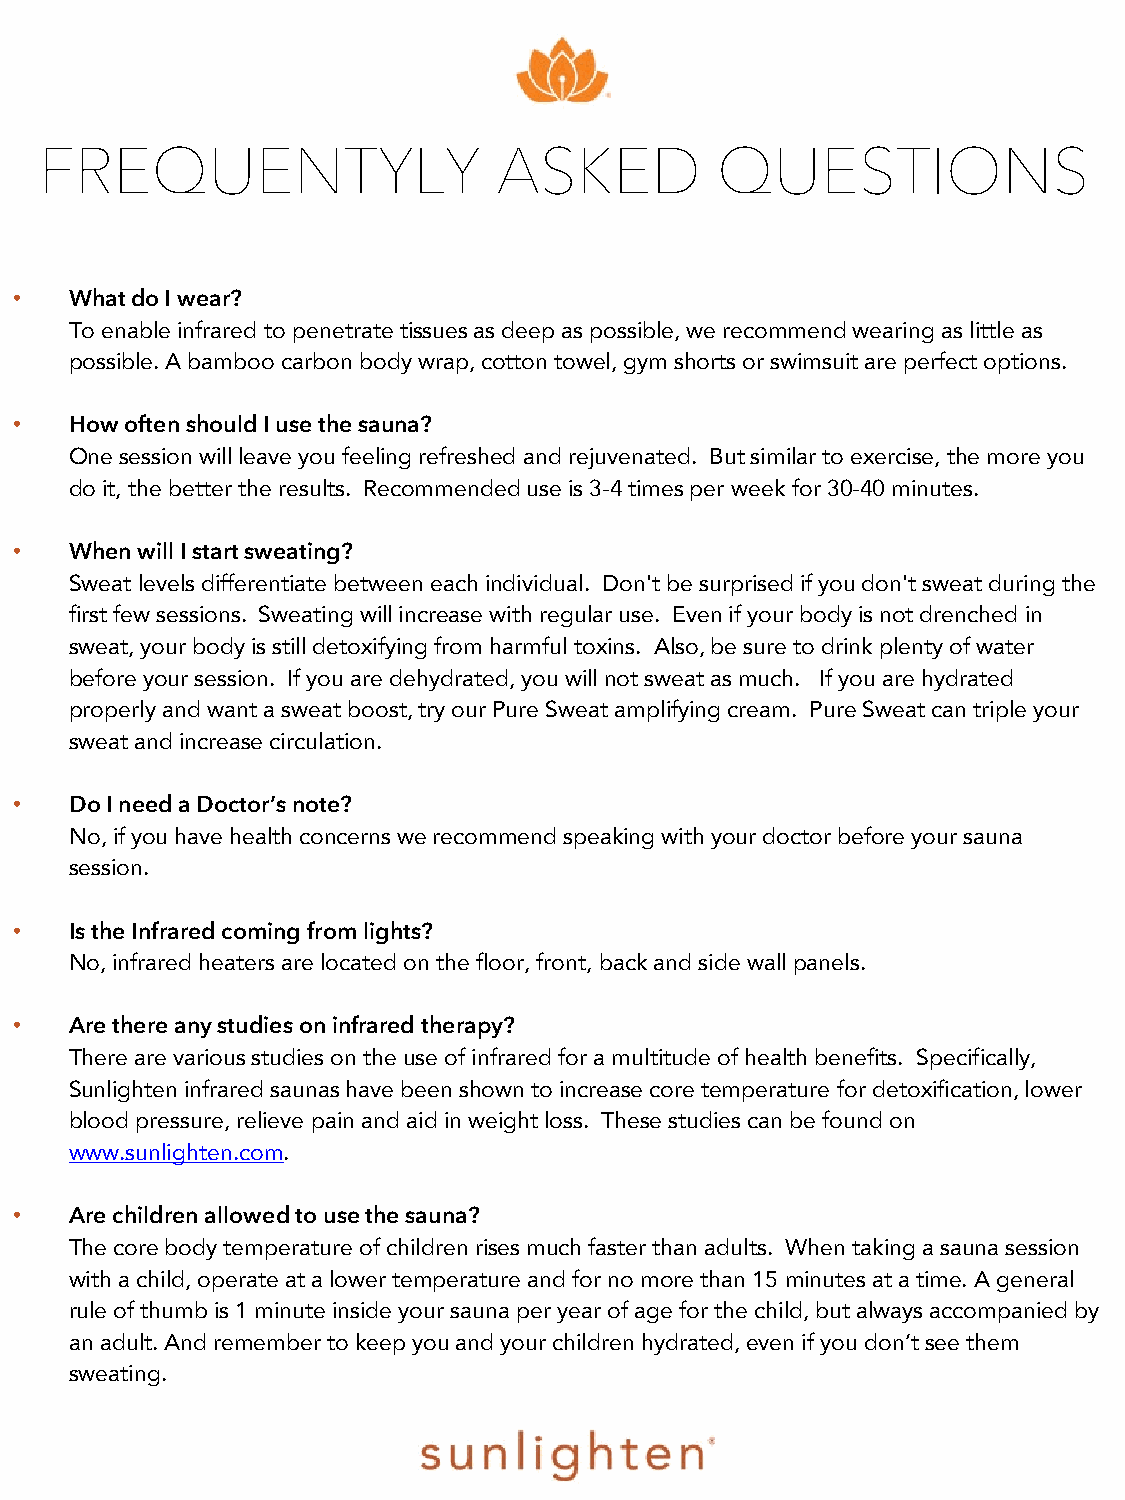
FREQUENTYLY                   ASKED         QUESTIONS
 •   What do I wear?
 To enable infrared to penetrate tissues as deep as possible, we recommend wearing as little as
 possible. A bamboo carbon body wrap, cotton towel, gym shorts or swimsuit are perfect options.
 •   How often should I use the sauna?
 One session will leave you feeling refreshed and rejuvenated. But similar to exercise, the more you
 do it, the better the results. Recommended use is 3-4 times per week for 30-40 minutes.
 •   When will I start sweating?
 Sweat levels differentiate between each individual. Don't be surprised if you don't sweat during the
 first few sessions. Sweating will increase with regular use. Even if your body is not drenched in
 sweat, your body is still detoxifying from harmful toxins. Also, be sure to drink plenty of water
 before your session. If you are dehydrated, you will not sweat as much. If you are hydrated
 properly and want a sweat boost, try our Pure Sweat amplifying cream. Pure Sweat can triple your
 sweat and increase circulation.
 •   Do I need a Doctor’s note?
 No, if you have health concerns we recommend speaking with your doctor before your sauna
 session.
 •   Is the Infrared coming from lights?
 No, infrared heaters are located on the floor, front, back and side wall panels.
 •   Are there any studies on infrared therapy?
 There are various studies on the use of infrared for a multitude of health benefits. Specifically,
 Sunlighten infrared saunas have been shown to increase core temperature for detoxification, lower
 blood pressure, relieve pain and aid in weight loss. These studies can be found on
 www.sunlighten.com.
 •   Are children allowed to use the sauna?
 The core body temperature of children rises much faster than adults. When taking a sauna session
 with a child, operate at a lower temperature and for no more than 15 minutes at a time. A general
 rule of thumb is 1 minute inside your sauna per year of age for the child, but always accompanied by
 an adult. And remember to keep you and your children hydrated, even if you don’t see them
 sweating.